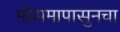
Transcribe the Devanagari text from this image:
मोसमापासुनचा